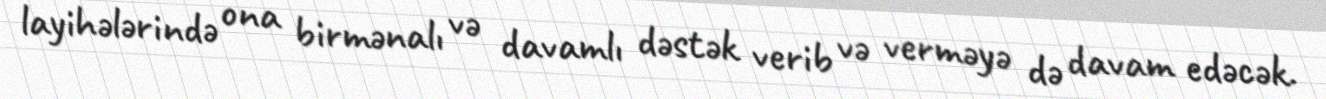
layihələrində ona birmənalı və davamlı dəstək verib və verməyə də davam edəcək.